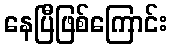
နေပြီဖြစ်ကြောင်း